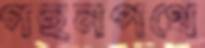
গহনপথে